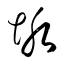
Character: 垢